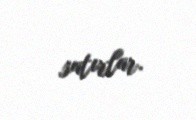
satırlar.